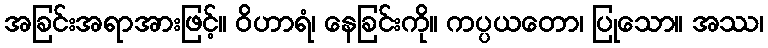
အခြင်းအရာအားဖြင့်။ ဝိဟာရံ၊ နေခြင်းကို။ ကပ္ပယတော၊ ပြုသော။ အဿ၊